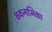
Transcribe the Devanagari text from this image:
कंकनाभिका